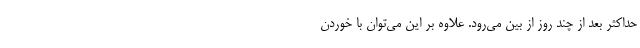
حداکثر بعد از چند روز از بین می‌رود. علاوه بر این می‌توان با خوردن